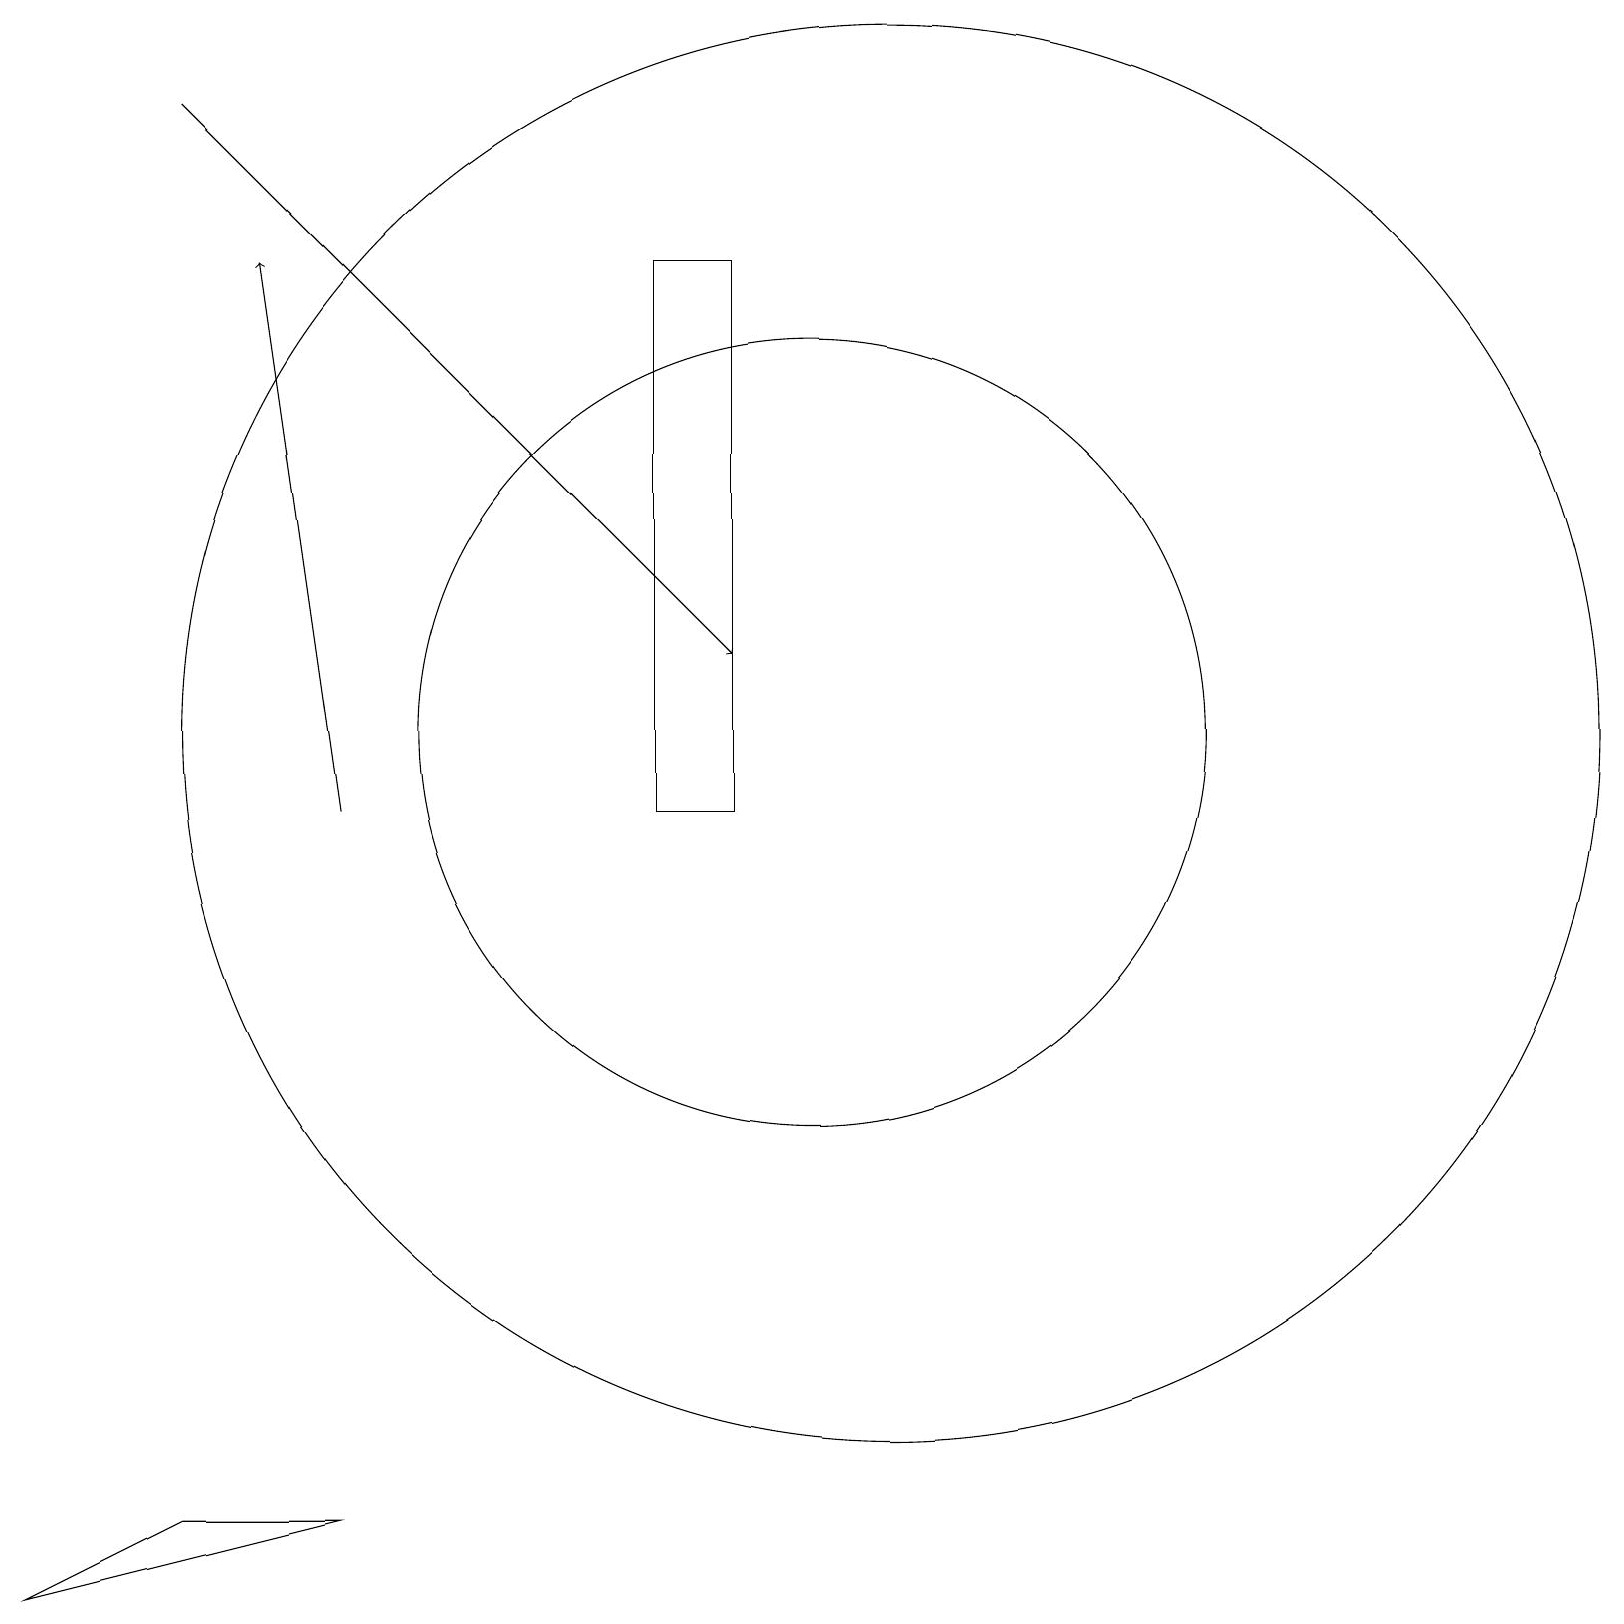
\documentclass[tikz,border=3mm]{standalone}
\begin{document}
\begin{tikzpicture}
\draw[->] (4,10) -- (3,17);
\draw (11,10) circle (0);
\draw (10,11) circle (5);
\draw (8,10) rectangle (9,17);
\draw[->] (2,19) -- (9,12);
\draw (0,0) -- (2,1) -- (4,1) -- cycle;
\draw (11,11) circle (9);
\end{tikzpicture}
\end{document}